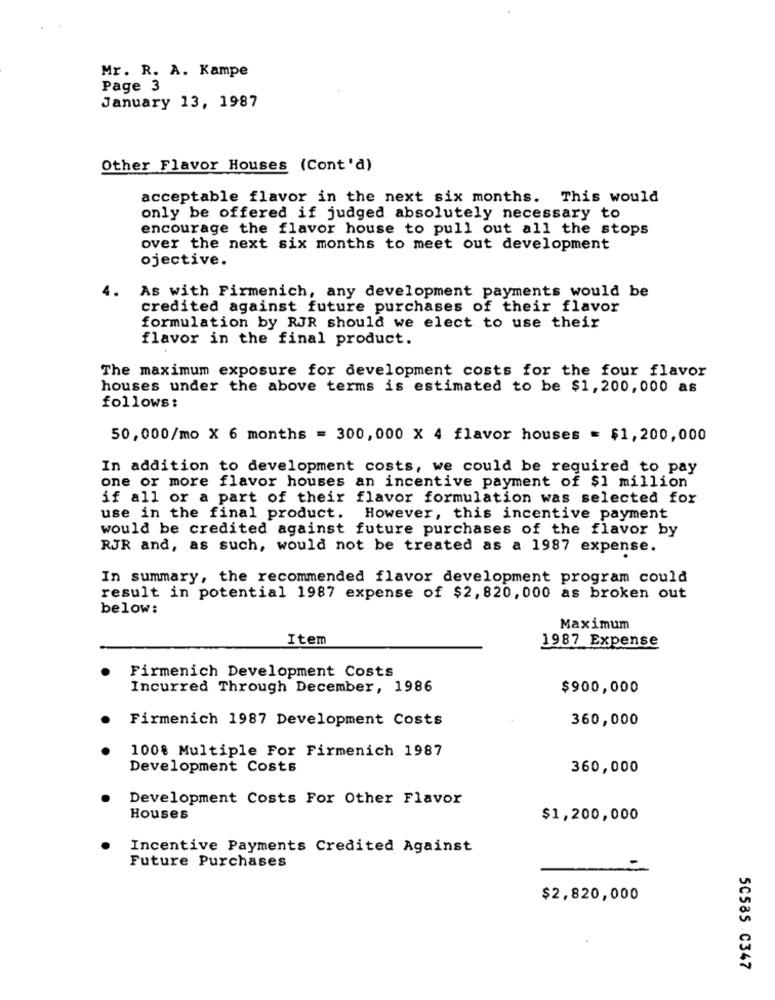
Mr. R. A. Kampe
Page 3
January 13, 1987
Other Flavor Houses (Cont'd)
acceptable flavor in the next six months. This would
only be offered if judged absolutely necessary to
encourage the flavor house to pull out all the stops
over the next six months to meet out development
ojective.
4.
As with Firmenich, any development payments would be
credited against future purchases of their flavor
formulation by RJR should we elect to use their
flavor in the final product.
The maximum exposure for development costs for the four flavor
houses under the above terms is estimated to be $1,200,000 as
follows:
50,000/mo X 6 months = 300,000 X 4 flavor houses = $1,200,000
In addition to development costs, we could be required to pay
one or more flavor houses an incentive payment of $1 million
if all or a part of their flavor formulation was selected for
use in the final product. However, this incentive payment
would be credited against future purchases of the flavor by
RJR and, as such, would not be treated as a 1987 expense.
In summary, the recommended flavor development program could
result in potential 1987 expense of $2, 820, 000 as broken out
below:
Maximum
Item
1987 Expense
Firmenich Development Costs
Incurred Through December, 1986
$900,000
Firmenich 1987 Development Costs
360,000
100% Multiple For Firmenich 1987
Development Costs
360,000
Development Costs For Other Flavor
Houses
$1,200,000
Incentive Payments Credited Against
Future Purchases
$2,820,000
50585 C347